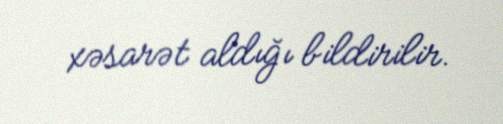
xəsarət aldığı bildirilir.